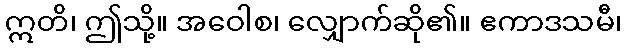
ဣတိ၊ ဤသို့။ အဝေါစ၊ လျှောက်ဆို၏။ ဧကာဒသမီ၊